Indian journal of veterinary science and animal husbandry - Volumes 18-21, 1948-1951
Year: 1948
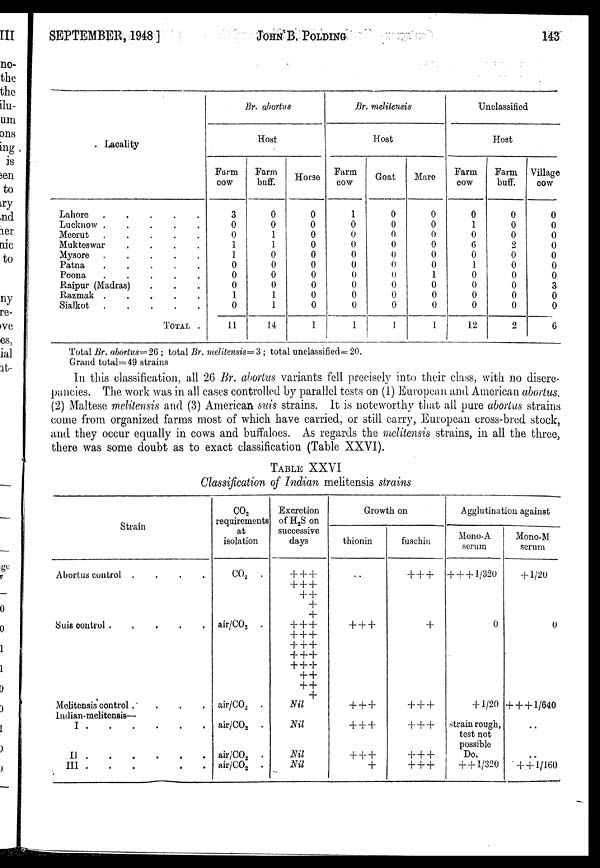
SEPTEMBER, 1948]
JOHN
B.
POLDING
143
Lacality
Lahore.
.
.
.
.
Lucknow
.
.
.
.
.
Meerut
.
.
.
.
.
Mukteswar
.
.
.
.
Mysore
.
.
.
.
.
Patna . . . . .
Poona
.
.
.
.
.
Raipur (Madras) . . .
Razmak
.
.
.
.
.
Sialkot
.
.
.
.
.
TOTAL .
Br. abortus
Host
Farm
cow
3
0
0
1
1
0
0
0
1
0
11
Farm
buff.
0
0
1
1
0
0
0
0
1
1
14
Horse
0
0
0
0 0
0
0
0
0
0
1
Br. melitensis
Host
Farm
cow
1
0
0
0
0
0
0
0
0
0
1
Goat
0
0
0
0
0
0
0
0
0
0
1
Mare
0
0
0
0
0
0
1
0
0
0
1
Unclassified
Host
Farm
cow
0
1
0
6
0
1
0
0
0
0
12
Farm
buff.
0
0
0
2
0
0
0
0
0
0
2
Village
cow
0
0
0
0
0
0
0
3
0
0
6
Total Br. abortus=26 ; total Br. melitensis=3 ; total unclassified= 20.
Grand total=49 strains
In this classification, all 26 Br. abortus variants fell precisely into their class, with no discre-
pancies. The work was in all cases controlled by parallel tests on (1) European and American abortus.
(2) Maltese melitensis and (3) American suis strains. It is noteworthy that all pure abortus strains
come from organized farms most of which have carried, or still carry, European cross-bred stock,
and they occur equally in cows and buffaloes. As regards the melitensis strains, in all the three,
there was some doubt as to exact classification (Table XXVI).
TABLE XXVI
Classification of Indian melitensis strains
Strain
Abortus control
.
.
.
.
Suis control
.
.
.
.
.
Melitensis control
.
.
.
.
Indian-melitensis—
I
.
.
.
.
.
.
II . . . . . .
III
.
.
.
.
.
.
CO 2
requirements
at
isolation
CO 2 .
air/CO 2 .
air/CO 2 .
air/CO 2 .
air/CO 2 .
air/CO 2 .
Excretion
of H 2 S on
successive
days
+++
+++
++
+
+
+++
+++
+++
+++
+++
++
++
+
Nil
Nil
Nil
Nil
Growth on
thionin
+++
+++
+++
+++
+
fuschin
+++
+
+++
+++
+++
+++
Agglutination against
Mono-A
serum
+++ 1/320
0
+1/20
strain rough,
test not
possible
Do.
++ 1/320
Mono-M
serum
+ 1/20
0
+++ 1/640
. .
. .
++ 1/160